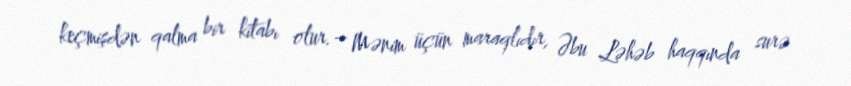
keçmişdən qalma bir kitabı olur.– Mənim üçün maraqlıdır, Əbu Ləhəb haqqında surə